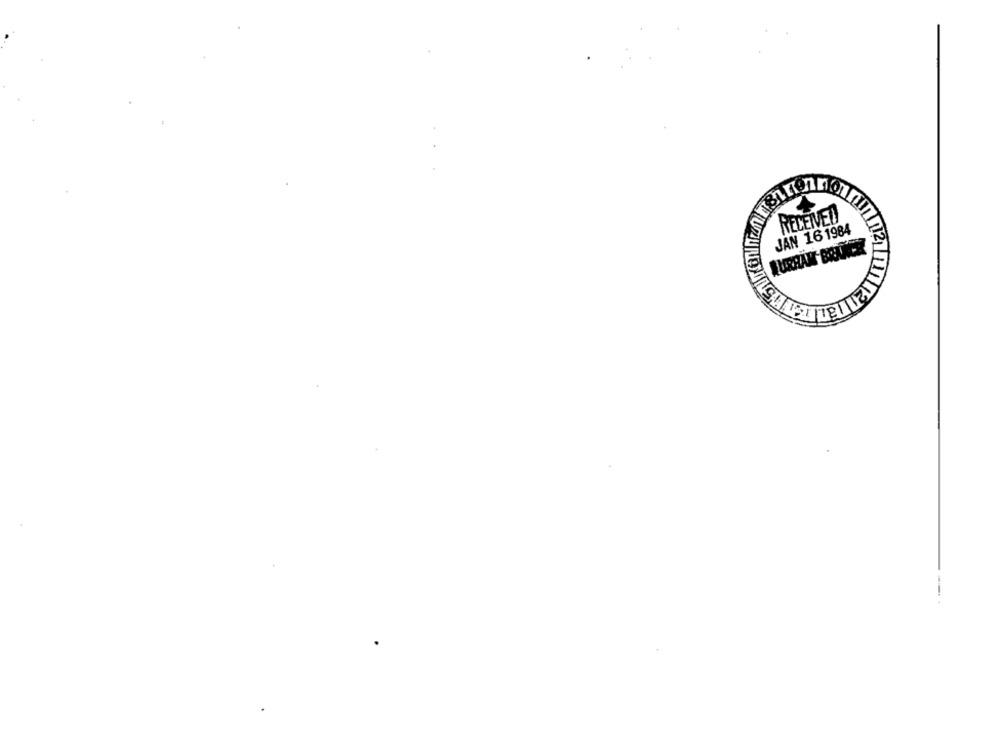
REDENET
JAN 16 1984